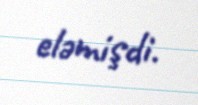
eləmişdi.